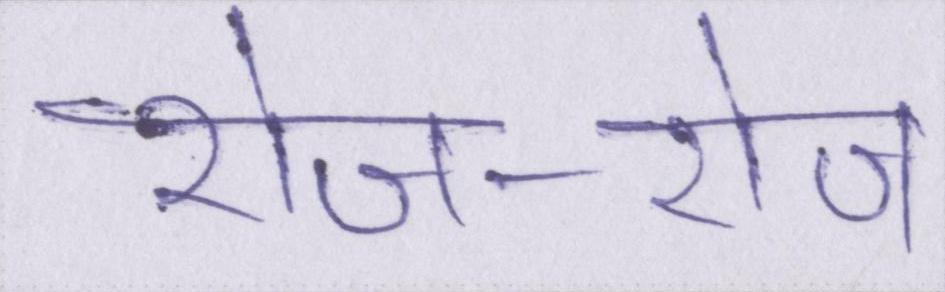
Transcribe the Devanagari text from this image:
रोज-रोज